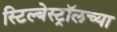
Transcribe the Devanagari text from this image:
स्टिल्बेस्ट्रॉलच्या